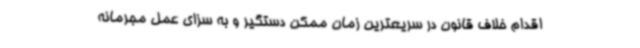
اقدام خلاف قانون در سریعترین زمان ممکن دستگیر و به سزای عمل مجرمانه